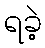
ရခဲ့